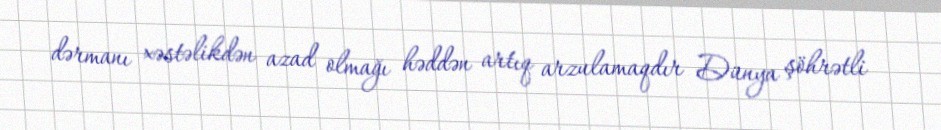
dərmanı xəstəlikdən azad olmağı həddən artıq arzulamaqdır Dünya şöhrətli